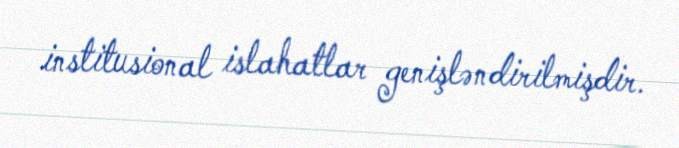
institusional islahatlar genişləndirilmişdir.